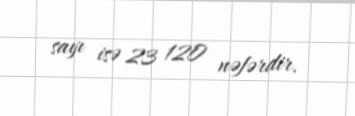
sayı isə 23 120 nəfərdir.